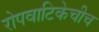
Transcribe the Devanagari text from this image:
रोपवाटिकेचीच